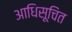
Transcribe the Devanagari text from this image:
आधिसूचित